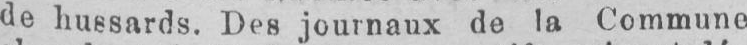
de hussards. Des journaux de la Commune